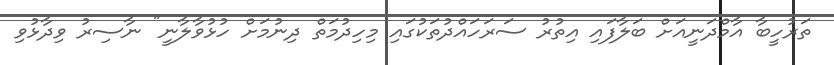
ތަރުހީބާ އާމްދަނީއަށް ބަލާފައި އިތުރު ސަރަހައްދުތަކުގައި މިހިދުމަތް ދިނުމަށް ހުޅުވާލާނީ" ނާސިރު ވިދާޅުވި